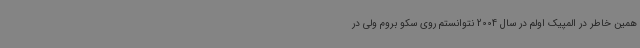
همین خاطر در المپیک اولم در سال 2004 نتوانستم روی سکو بروم ولی در